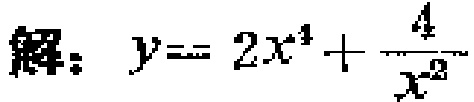
解：\(y = 2x^{4}+\frac{4}{x^{2}}\)